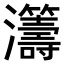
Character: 𤅕